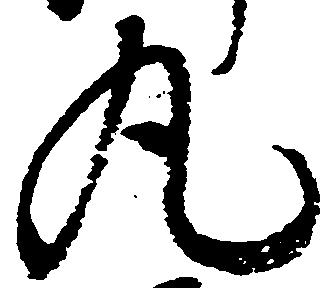
丸